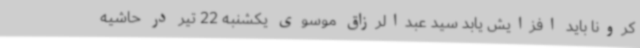
کرونا باید افزایش یابد سید عبدالرزاق موسوی یکشنبه 22 تیر در حاشیه